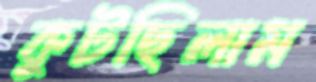
কুটছিলাম